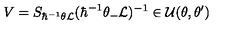
V = S _ { \hbar ^ { - 1 } \theta { \cal L } } ( \hbar ^ { - 1 } \theta _ { - } { \cal L } ) ^ { - 1 } \in { \cal U } ( \theta , \theta ^ { \prime } )